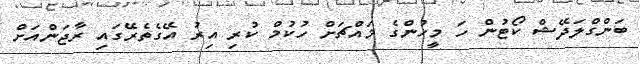
ބަންގްލަދޭޝް ކޯޓުން ހަ މީހުންގެ މައްޗަށް ހުކުމް ކުރި އިރު އޭގެތެރޭގައި ރާޖަންއަށް